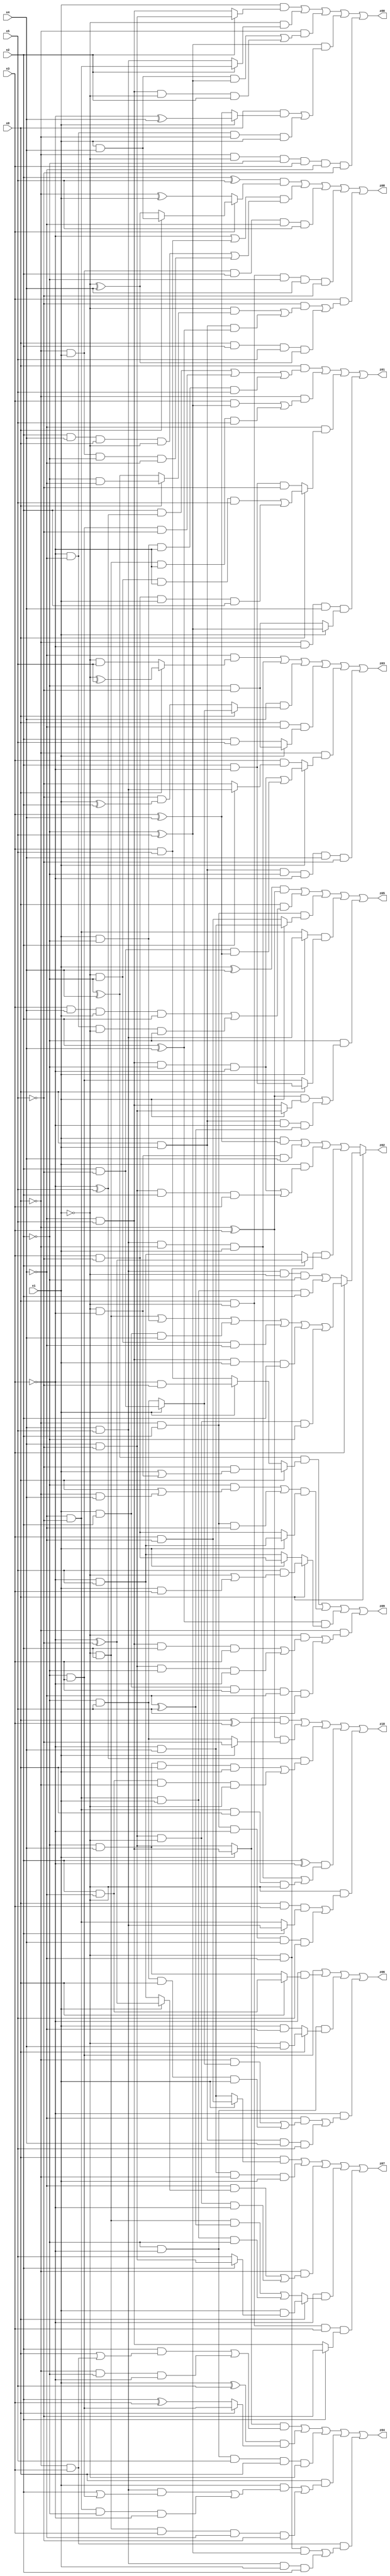
// Benchmark "X_32" written by ABC on Sat Jun 03 19:21:31 2023

module X_32 ( 
    x0, x1, x2, x3, x4, x5,
    z00, z01, z02, z03, z04, z05, z06, z07, z08, z09, z10  );
  input  x0, x1, x2, x3, x4, x5;
  output z00, z01, z02, z03, z04, z05, z06, z07, z08, z09, z10;
  assign z00 = (x1 & (x2 ? (x4 & ~x5) : (~x4 & x5))) | (~x1 & (x2 ? (~x4 & ~x5) : (x4 & x5))) | (~x0 & ((x1 & x4 & (~x2 ^ x5)) | (~x4 & x5 & ~x1 & x2))) | ((~x2 ^ x5) & ((x0 & (x1 ? (~x3 ^ x4) : (x3 ^ x4))) | (~x3 & ~x4 & ~x0 & x1))) | (~x0 & ~x1 & ~x2 & x3 & ~x4 & ~x5);
  assign z01 = (x0 & ((x2 & (~x3 ^ x5)) | (~x2 & x3 & ~x5) | (x1 & ~x2 & ~x3 & x5))) | (~x0 & ((x3 & (~x2 ^ x5)) | (~x1 & x2 & ~x3 & x5))) | (~x4 & (x0 ? ((~x1 & ~x2 & ~x3 & x5) | (x3 & ~x5 & x1 & x2)) : (x2 & ~x3 & ~x5))) | (~x0 & ~x3 & x4 & (x1 ? (~x2 ^ x5) : (~x2 & ~x5)));
  assign z02 = x0 ? (x3 ? ((~x1 & x2) | (x1 & ~x2) | (x1 & x2 & x4) | (~x1 & ~x2 & ~x4) | (~x4 & x5 & x1 & x2) | (x4 & ~x5 & ~x1 & ~x2)) : ((x4 & x5 & ~x1 & ~x2) | (~x4 & ~x5 & x1 & x2))) : ((x1 & (x3 ^ x4)) | (~x1 & ~x3 & x4) | (x1 & ((~x4 & x5 & ~x2 & ~x3) | (x4 & ~x5 & x2 & x3))) | (~x1 & ~x4 & (x2 ? (~x3 ^ ~x5) : (~x3 & x5))));
  assign z03 = (~x4 & (x0 ? (~x1 ^ x5) : (~x1 & x5))) | (x4 & x5 & ~x0 & x1) | (x4 & (x0 ? (x1 ? (x2 & ~x5) : (~x2 & x5)) : (~x5 & (x1 ^ x2)))) | (x0 & ~x4 & (x1 ? (~x2 & ~x5) : (x2 & x5))) | (~x0 & (x1 ? ((~x4 & x5 & ~x2 & ~x3) | (x2 & ~x5 & (x3 ^ x4))) : (x3 & (x2 ? (x4 & x5) : ~x5)))) | (x0 & x1 & ~x2 & ~x3 & x4 & ~x5);
  assign z04 = ((x1 ? (~x4 & x5) : (x4 & ~x5)) & ((x2 & (x0 | (~x0 & x3))) | (~x0 & ~x2 & ~x3))) | ((x1 ^ x5) & (x0 ? (~x2 & x3) : (x2 ^ x3))) | (~x2 & ~x3 & x5 & x0 & ~x1) | (x0 & ((x1 & ((x4 & x5 & (x2 | (~x2 & x3))) | (~x4 & ~x5 & ~x2 & ~x3))) | (~x1 & x2 & x3 & ~x4 & ~x5))) | (~x0 & x3 & ((~x1 & ~x4 & (~x2 ^ x5)) | (x4 & x5 & x1 & x2)));
  assign z05 = ((x1 ^ x4) & (~x0 ^ x3)) | (x0 & ((x3 & x4 & x1 & x2) | (~x3 & ~x4 & ~x1 & ~x2))) | (~x0 & x2 & (x1 ? (~x3 & x4) : (x3 & ~x4))) | ((x1 ? (x4 & x5) : (~x4 & ~x5)) & (x0 ? (x2 & ~x3) : (~x2 & x3))) | (~x2 & (((~x0 ^ x3) & (x1 ? (x4 & ~x5) : (~x4 & x5))) | (x0 & x1 & ~x3 & (~x4 ^ x5))));
  assign z06 = (~x2 & x3) | (~x3 & (x0 ? (x2 & ~x4) : (~x2 & x4))) | (~x2 & ~x3 & (x0 ? (~x1 & x4) : (x1 & ~x4))) | (~x3 & ((~x4 & ((~x0 & (x1 ? (x2 & ~x5) : (~x2 & x5))) | (~x2 & x5 & x0 & x1))) | (x0 & x1 & x4 & x5)));
  assign z07 = (x0 & (x1 ? (x3 & ~x4) : (~x3 & x4))) | (~x3 & x4 & ~x0 & x1) | (~x0 & ((~x4 & (x1 ? (~x3 ^ ~x5) : (~x3 & x5))) | (x4 & ~x5 & ~x1 & ~x3))) | (~x3 & (x0 ? (x1 & (x2 ? (x4 & ~x5) : x5)) : ((~x1 & x2 & (~x4 ^ x5)) | (~x4 & ~x5 & x1 & ~x2)))) | (x0 & ~x1 & x3 & (x2 ? ~x5 : (~x4 & x5)));
  assign z08 = ((x2 ^ x5) & (x3 ? (x0 ? (x1 & x4) : (~x1 ^ x4)) : (~x0 ^ x1))) | ((~x3 | (x3 & x5)) & ((x2 & x4 & x0 & ~x1) | (~x0 & x1 & ~x2 & ~x4))) | (~x0 & x1 & x2 & ~x4 & x5) | (x0 & ~x1 & ~x2 & x4 & ~x5) | (x3 & ((~x5 & ((~x1 & (x0 ? (~x2 & ~x4) : (~x2 ^ x4))) | (x0 & x1 & (x2 ^ x4)))) | (x0 & x2 & x5 & (~x1 ^ x4))));
  assign z09 = ((~x2 ^ x4) & (x0 ? (~x5 & (x1 | (~x1 & ~x3))) : (x1 ? (~x3 & ~x5) : (x3 & x5)))) | (((~x2 & (x0 | (~x0 & x4))) | (~x0 & x2 & ~x4)) & (x1 ? (~x3 & x5) : (x3 & ~x5))) | ((x2 ^ x4) & (x0 ? (x5 & (~x1 | (x1 & x3))) : (x1 ? (x3 & ~x5) : (~x3 & x5)))) | (~x0 & ((~x1 & ((~x4 & x5 & x2 & x3) | (x4 & ~x5 & ~x2 & ~x3))) | (x1 & x2 & x3 & ~x4 & x5)));
  assign z10 = ((x1 ? (~x4 & x5) : (x4 & ~x5)) & (x0 ^ x3)) | ((~x0 ^ x3) & (x1 ? ~x5 : (~x2 & x5))) | ((~x3 ^ x5) & ((~x2 & x4 & x0 & x1) | (x2 & ~x4 & ~x0 & ~x1))) | ((x2 ^ ~x3) & ((x4 & x5 & ~x0 & x1) | (~x4 & ~x5 & x0 & ~x1))) | (~x1 & ((x0 & x3 & (x2 ? (x4 & x5) : (~x4 & ~x5))) | (~x0 & x2 & ~x3 & x4 & x5)));
endmodule